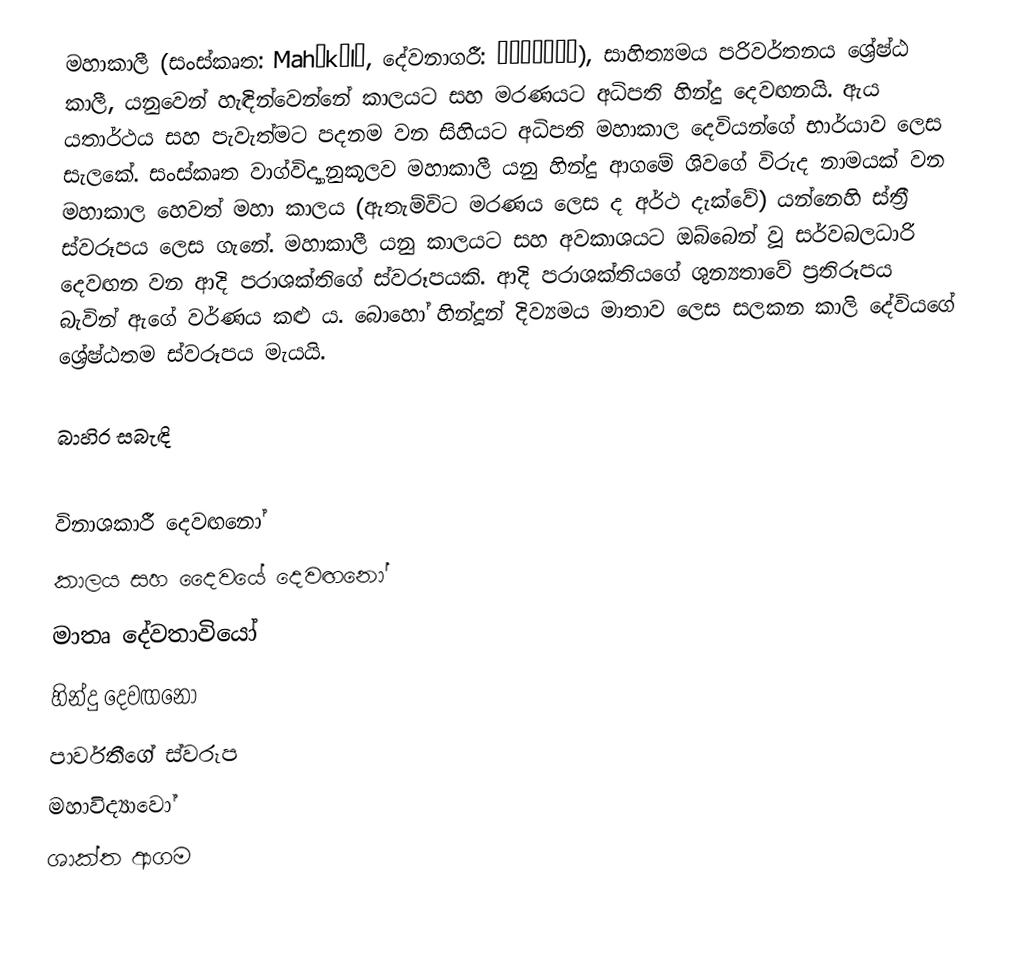
මහාකාලී (සංස්කෘත: Mahākālī, දේවනාගරී: महाकाली), සාහිත්‍යමය පරිවර්තනය ශ්‍රේෂ්ඨ කාලී, යනුවෙන් හැඳින්වෙන්නේ කාලයට සහ මරණයට අධිපති හින්දු දෙවඟනයි. ඇය යතාර්ථය සහ පැවැත්මට පදනම වන සිහියට අධිපති මහාකාල දෙවියන්ගේ භාර්යාව ලෙස සැලකේ. සංස්කෘත වාග්විද්‍යානුකූලව මහාකාලී යනු හින්දු ආගමේ ශිවගේ විරුද නාමයක් වන මහාකාල හෙවත් මහා කාලය (ඇතැම්විට මරණය ලෙස ද අර්ථ දැක්වේ) යන්නෙහි ස්ත්‍රී ස්වරූපය ලෙස ගැනේ. මහාකාලී යනු කාලයට සහ අවකාශයට ඔබ්බෙන් වූ  සර්වබලධාරි දෙවඟන වන ආදි පරාශක්තිගේ ස්වරූපයකි. ආදි පරාශක්තියගේ ශුන්‍යතාවේ ප්‍රතිරූපය බැවින් ඇගේ වර්ණය කළු ය. බොහෝ හින්දූන් දිව්‍යමය මාතාව ලෙස සලකන කාලි දේවියගේ ශ්‍රේෂ්ඨතම ස්වරූපය මැයයි.

බාහිර සබැඳි

විනාශකාරී දෙවඟනෝ
කාලය සහ දෛවයේ දෙවඟනෝ
මාතෘ දේවතාවියෝ
හින්දු දෙවඟනෝ
පාර්වතීගේ ස්වරූප
මහාවිද්‍යාවෝ
ශාක්ත ආගම